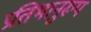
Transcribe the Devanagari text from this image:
प्रतिभानुरूप